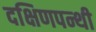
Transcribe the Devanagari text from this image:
दक्षिणपन्थी